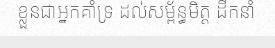
ខ្លួនជាអ្នកគាំទ្រ ដល់សម្ព័ន្ធមិត្ត ដឹកនាំ